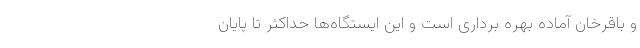
و باقرخان آماده بهره برداری است و این ایستگاه‌ها حداکثر تا پایان